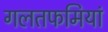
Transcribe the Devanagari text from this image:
गलतफमियां